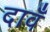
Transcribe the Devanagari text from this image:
दावँ